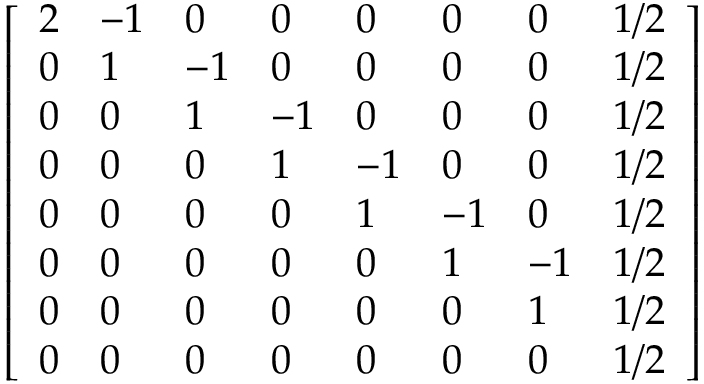
\left[ { \begin{array} { l l l l l l l l } { 2 } & { - 1 } & { 0 } & { 0 } & { 0 } & { 0 } & { 0 } & { 1 / 2 } \\ { 0 } & { 1 } & { - 1 } & { 0 } & { 0 } & { 0 } & { 0 } & { 1 / 2 } \\ { 0 } & { 0 } & { 1 } & { - 1 } & { 0 } & { 0 } & { 0 } & { 1 / 2 } \\ { 0 } & { 0 } & { 0 } & { 1 } & { - 1 } & { 0 } & { 0 } & { 1 / 2 } \\ { 0 } & { 0 } & { 0 } & { 0 } & { 1 } & { - 1 } & { 0 } & { 1 / 2 } \\ { 0 } & { 0 } & { 0 } & { 0 } & { 0 } & { 1 } & { - 1 } & { 1 / 2 } \\ { 0 } & { 0 } & { 0 } & { 0 } & { 0 } & { 0 } & { 1 } & { 1 / 2 } \\ { 0 } & { 0 } & { 0 } & { 0 } & { 0 } & { 0 } & { 0 } & { 1 / 2 } \end{array} } \right]